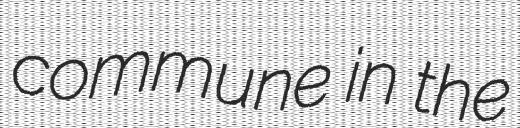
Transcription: commune in the